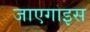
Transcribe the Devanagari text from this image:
जाएगाइस